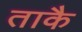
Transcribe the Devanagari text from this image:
ताकै